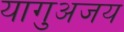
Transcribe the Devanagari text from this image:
यागुअजय